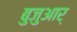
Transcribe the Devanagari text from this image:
बुजुआर्